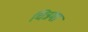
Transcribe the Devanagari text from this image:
चिन्नमा